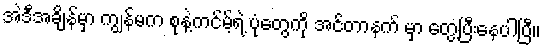
အဲဒီအချိန်မှာ ကျွန်မက စုနဲ့ကင်မ့်ရဲ့ ပုံတွေကို အင်တာနက် မှာ တွေ့ပြီးနေပါပြီ။